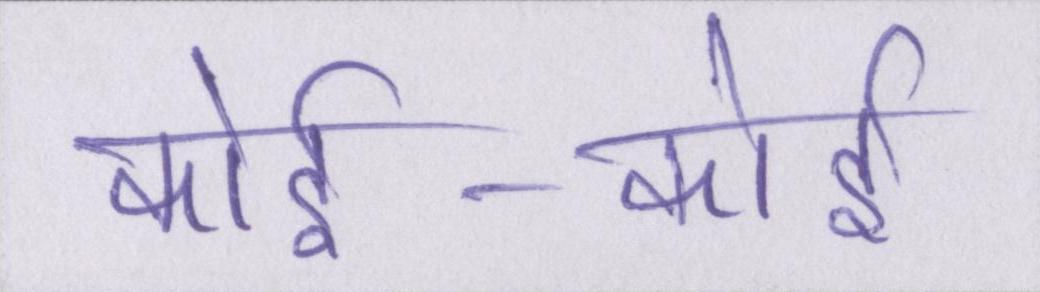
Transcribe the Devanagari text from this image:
कोई-कोई